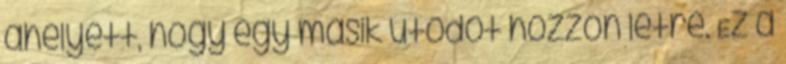
ahelyett, hogy egy másik utódot hozzon létre. Ez a